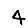
Digit: 4